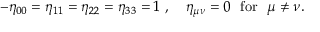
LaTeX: - \eta _ { 0 0 } = \eta _ { 1 1 } = \eta _ { 2 2 } = \eta _ { 3 3 } = 1 ~ , ~ ~ ~ \eta _ { \mu \nu } = 0 ~ ~ \mathrm { f o r } ~ ~ \mu \neq \nu .